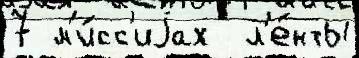
7 м'и́сс'иjах  л'е́нты